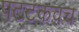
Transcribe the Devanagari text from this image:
पट्टकवच